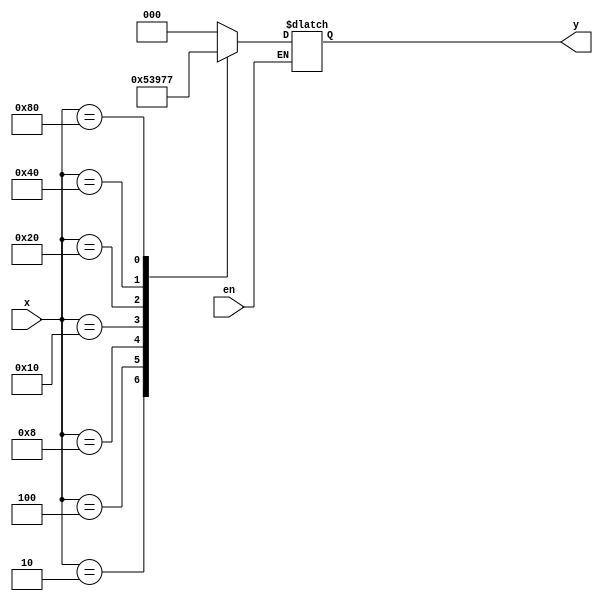
module encoder(
	x,
	en,
	y);

	//---Ports declearation: generated by Robei---
	input [7:0] x;
	input en;
	output [2:0] y;

	wire [7:0] x;
	wire en;
	reg [2:0] y;

	//----Code starts here: integrated by Robei-----
	always @ ( en or x )
	begin
		if ( en )
		begin
			case ( x )
			8'b00000001 : y = 3'b000;
			8'b00000010 : y = 3'b001;
			8'b00000100 : y = 3'b010;
			8'b00001000 : y = 3'b011;
			8'b00010000 : y = 3'b100;
			8'b00100000 : y = 3'b101;
			8'b01000000 : y = 3'b110;
			8'b10000000 : y = 3'b111;
			default : y = 3'b000;
			endcase
		end
	end	 
		
	
	
endmodule    //encoder